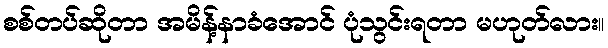
စစ်တပ်ဆိုတာ အမိန့်နာခံအောင် ပုံသွင်းရတာ မဟုတ်လား။